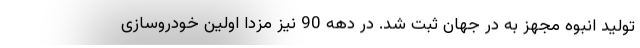
تولید انبوه مجهز به در جهان ثبت شد. در دهه 90 نیز مزدا اولین خودروسازی